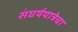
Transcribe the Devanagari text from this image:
संघर्षयात्रेचा